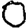
Digit: 0